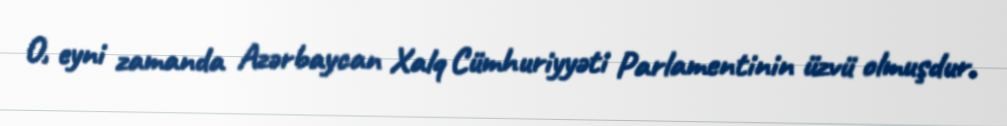
O, eyni zamanda Azərbaycan Xalq Cümhuriyyəti Parlamentinin üzvü olmuşdur.